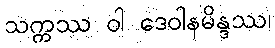
သက္ကဿ ဝါ ဒေဝါနမိန္ဒဿ၊